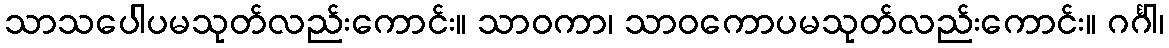
သာသပေါပမသုတ်လည်းကောင်း။ သာဝကာ၊ သာဝကောပမသုတ်လည်းကောင်း။ ဂင်္ဂါ၊